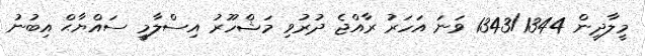
މީލާދީން 1343/1344 ވަނަ އަހަރު ރާއްޖެ ދުރުވި މަޝްހޫރު އިސްލާމީ ސައްޔާޙް އިބުނު